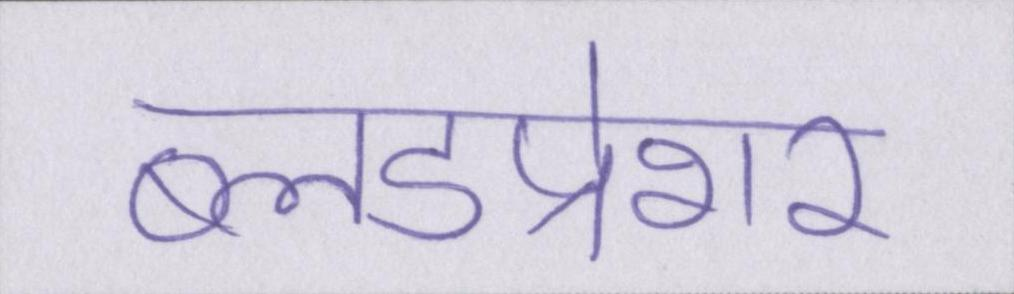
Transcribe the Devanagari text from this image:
ब्लडप्रेशर